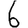
Digit: 6